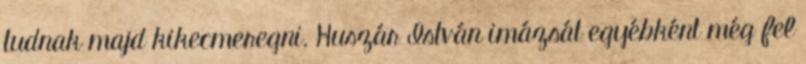
tudnak majd kikecmeregni. Huszár István imázsát egyébként még fel